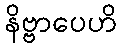
နိဗ္ဗာပေဟိ